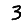
Digit: 3